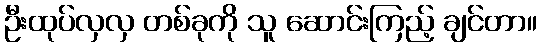
ဦးထုပ်လှလှ တစ်ခုကို သူ ဆောင်းကြည့် ချင်တာ။